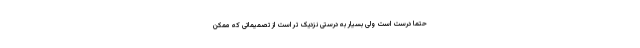
حتما درست است ولی بسیار به درستی نزدیک تر است از تصمیماتی که ممکن